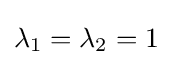
\lambda _{1}=\lambda _{2}=1